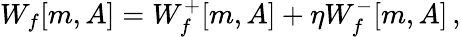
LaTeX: W_{f}[m,A]=W_{f}^{+}[m,A]+\eta W_{f}^{-}[m,A]\, ,